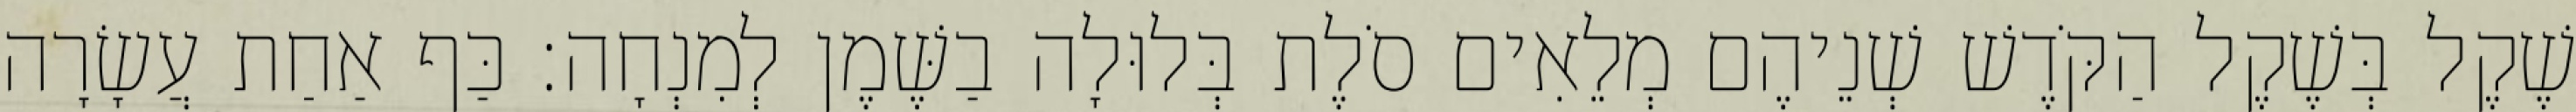
שֶׁקֶל בְּשֶׁקֶל הַקֹּדֶשׁ שְׁנֵיהֶם מְלֵאִים סֹלֶת בְּלוּלָה בַשֶּׁמֶן לְמִנְחָה׃ כַּף אַחַת עֲשָׂרָה